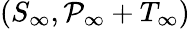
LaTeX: (S_{\infty},\mathcal{P}_{\infty}+T_{\infty})